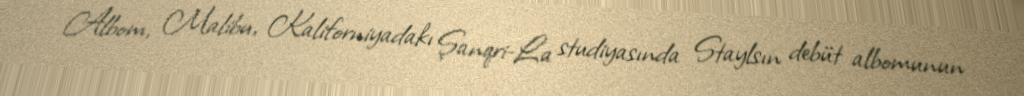
Albom, Malibu, Kaliforniyadakı Şanqri-La studiyasında Staylsın debüt albomunun